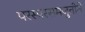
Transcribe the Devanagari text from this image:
परस्परसमजुतीने